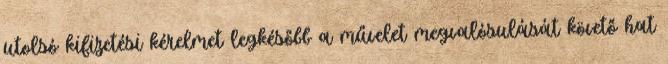
utolsó kifizetési kérelmet legkésőbb a művelet megvalósulását követő hat